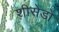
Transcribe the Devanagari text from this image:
शीसेडो